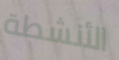
الأنشطة